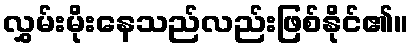
လွှမ်းမိုးနေသည်လည်းဖြစ်နိုင်၏။